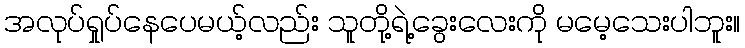
အလုပ်ရှုပ်နေပေမယ့်လည်း သူတို့ရဲ့ခွေးလေးကို မမေ့သေးပါဘူး။